Newspaper: The herald. [volume]
Place of publication: Los Angeles [Calif.]
Publisher: Ayers & Lynch
Date: 1895-12-19 00:00:00
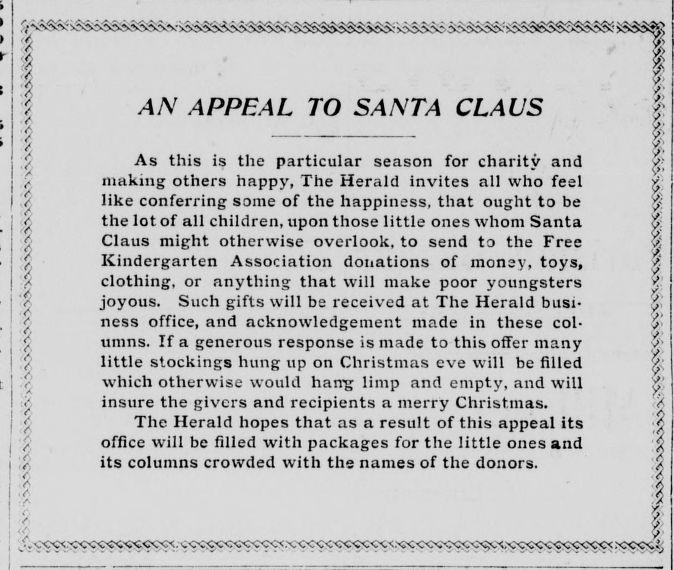
Advertisement text (OCR):
AN APPEAL TO SANTA CLAUS As this is the particular season for charity and making others happy, The Herald invites all who feel like conferring some of the happiness, that ought to be the lot of all children, upon those little ones whom Santa Claus might otherwise overlook, to send to the Free Kindergarten Association donations of money, toys, clothing, or anything that will make poor youngsters joyous. Such gifts will be received at The Herald busi ness office, and acknowledgement made in these col umns. If a generous response is made to this offer many little stockings hung up on Christmas eve will be filled which otherwise would hang limp and empty, and will insure the givers and recipients a merry Christinas. The Herald hopes that as a result of this appeal its office will be filled with packages for the little ones and its columns crowded with the names of the donors.
Label: text-only